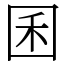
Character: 囷